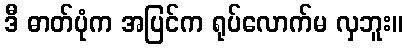
ဒီ ဓာတ်ပုံက အပြင်က ရုပ်လောက်မ လှဘူး။